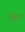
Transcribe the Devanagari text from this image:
च्हिप